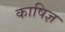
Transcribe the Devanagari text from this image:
काषिज्ञ